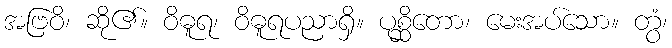
အဗြဝိ၊ ဆို၏။ ဝိဓူရ၊ ဝိဓူရပညာရှိ။ ပုစ္ဆိတော၊ မေးအပ်သော။ တွံ၊